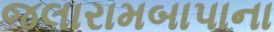
જલારામબાપાના